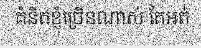
គំនិតខ្ញុំច្រើនណាស់ តែអត់